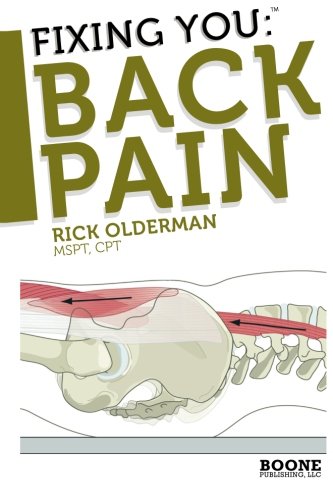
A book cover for Fixing You: Back Pain: Self-Treatment for Sciatica, Bulging and Herniated Disks, Stenosis, Degenerative Disks, and other diagnoses.; Rick Olderman MSPT; Health, Fitness & Dieting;